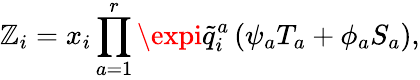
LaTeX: \mathbb{Z}_{i}=x_{i}\prod_{a=1}^{r}\expi\widetilde{{q}}_{i}^{a}\left(\psi_{a}T_{a}+\phi_{a}S_{a}\right),